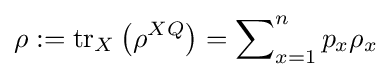
\rho :=\operatorname {tr} _{X}\left(\rho ^{XQ}\right)=\sum \nolimits _{x=1}^{n}p_{x}\rho _{x}